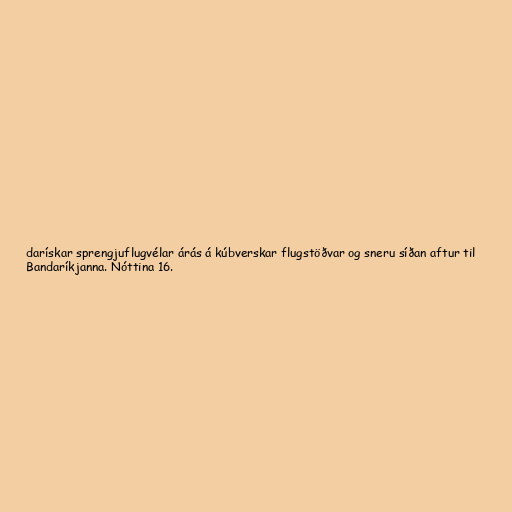
darískar sprengjuflugvélar árás á kúbverskar flugstöðvar og sneru síðan aftur til
Bandaríkjanna. Nóttina 16.